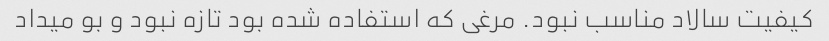
کیفیت سالاد مناسب نبود. مرغی که استفاده شده بود تازه نبود و بو میداد